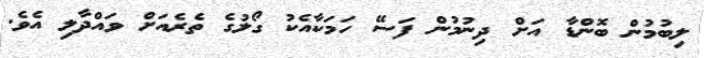
ލިބުމުން ބޮންޑާ އަށް ދިނުމުން ފަސޭ ހަމަކާއެކު ގޯލުގެ ތެރެއަށް ވައްދާލި އެވެ.